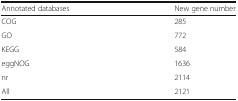
<table><thead><tr><td><b>Annotated databases</b></td><td><b>New gene number</b></td></tr></thead><tbody><tr><td>COG</td><td>285</td></tr><tr><td>GO</td><td>772</td></tr><tr><td>KEGG</td><td>584</td></tr><tr><td>eggNOG</td><td>1636</td></tr><tr><td>nr</td><td>2114</td></tr><tr><td>All</td><td>2121</td></tr></tbody></table>